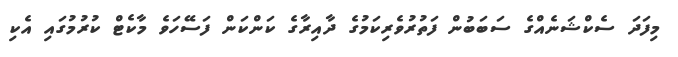
މިފަދަ ސެކްޝަނެއްގެ ސަބަބުން ފަތުރުވެރިކަމުގެ ދާއިރާގެ ކަންކަން ފަސޭހަވެ މާކެޓް ކުރުމުގައި އެކި